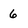
Character: 6